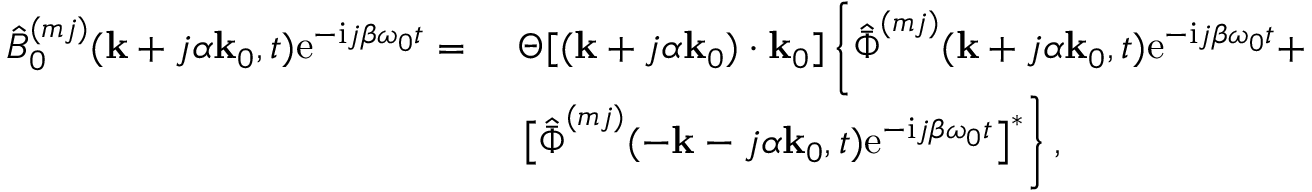
\begin{array} { r l } { \hat { B } _ { 0 } ^ { ( m j ) } ( \mathbf { k } + j \alpha \mathbf { k } _ { 0 } , t ) \mathrm { e } ^ { - \mathrm { i } j \beta \omega _ { 0 } t } = ~ } & { \Theta [ ( \mathbf { k } + j \alpha \mathbf { k } _ { 0 } ) \cdot \mathbf { k } _ { 0 } ] \left\{ \hat { \bar { \Phi } } ^ { ( m j ) } ( \mathbf { k } + j \alpha \mathbf { k } _ { 0 } , t ) \mathrm { e } ^ { - \mathrm { i } j \beta \omega _ { 0 } t } + \right. } \\ & { \left. \big [ \hat { \bar { \Phi } } ^ { ( m j ) } ( - \mathbf { k } - j \alpha \mathbf { k } _ { 0 } , t ) \mathrm { e } ^ { - \mathrm { i } j \beta \omega _ { 0 } t } \big ] ^ { * } \right\} , } \end{array}